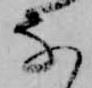
な